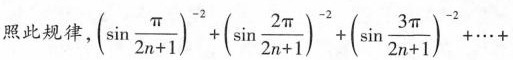
照此规律， $$(\sin \frac{\pi}{2n+1})^{-2}+(\sin \frac{2 \pi}{2n+1})^{-2}+(\sin \frac{3 \pi}{2n+1})^{-2}+\cdots+